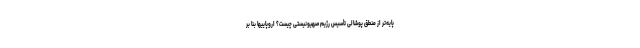
‌پایه‌تر از منطق پوشالی تأسیس رژیم صهیونیستی چیست؟ اروپاییها بنا بر